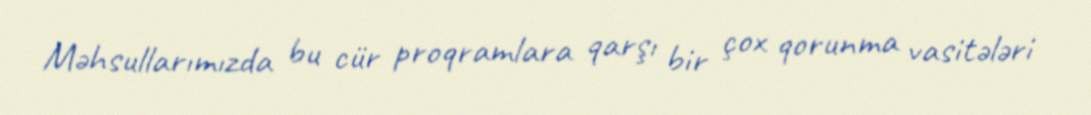
Məhsullarımızda bu cür proqramlara qarşı bir çox qorunma vasitələri